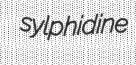
sylphidine